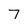
Character: 7